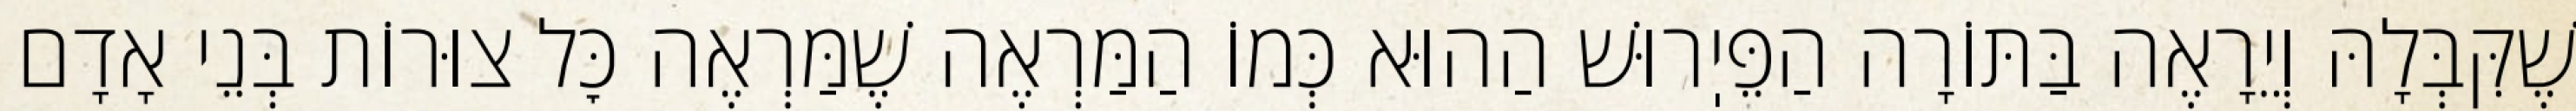
שֶׁקִּבְּלָהּ וְיֵרָאֶה בַּתּוֹרָה הַפֵּיֽרוּשׁ הַהוּא כְּמוֹ הַמַּרְאֶה שֶׁמַּרְאֶה כׇּל צוּרוֹת בְּנֵי אָדָם